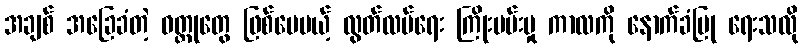
အချစ် အခြေခံတဲ့ ဝတ္ထုတွေ ဖြစ်ပေမယ့် လွတ်လပ်ရေး ကြိုးပမ်းမှု ကာလကို နောက်ခံပြု ရေးသလို